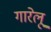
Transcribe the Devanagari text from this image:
गारेलू